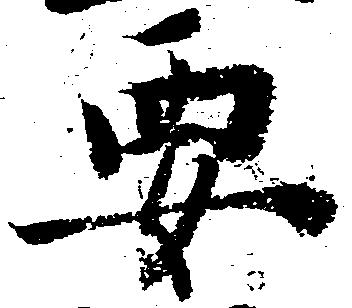
要